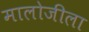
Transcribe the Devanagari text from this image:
मालोजीला